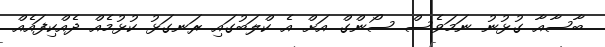
ބާސާއާ ގުޅުނު ނަމަވެސް ސޯންގް އަށް އެ ކްލަބުގައި ރަނގަޅު ކުޅުމެއް ދެއްކިފައެއް